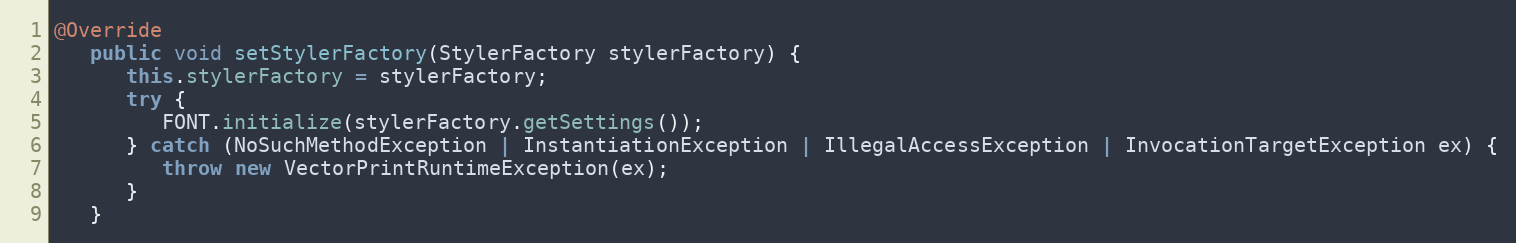
Language: Java
@Override
   public void setStylerFactory(StylerFactory stylerFactory) {
      this.stylerFactory = stylerFactory;
      try {
         FONT.initialize(stylerFactory.getSettings());
      } catch (NoSuchMethodException | InstantiationException | IllegalAccessException | InvocationTargetException ex) {
         throw new VectorPrintRuntimeException(ex);
      }
   }